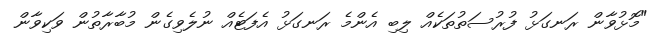
"މޮޅުވާން ރަނގަޅު ފުރުސަތުތަކެއް ލިބި އެންމެ ރަނގަޅު އެފަޓެއް ނުލެވިގެން މުބާރާތުން ވަކިވާން